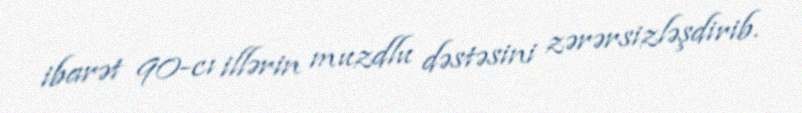
ibarət 90-cı illərin muzdlu dəstəsini zərərsizləşdirib.